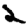
Digit: 2